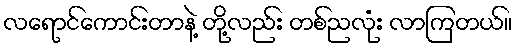
လရောင်ကောင်းတာနဲ့ တို့လည်း တစ်ညလုံး လာကြတယ်။